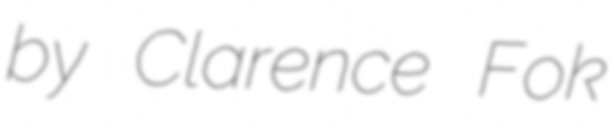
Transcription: by Clarence Fok